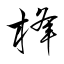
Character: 桻